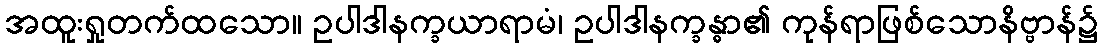
အထူးရှုတက်ထသော။ ဥပါဒါနက္ခယာရာမံ၊ ဥပါဒါနက္ခန္ဓာ၏ ကုန်ရာဖြစ်သောနိဗ္ဗာန်၌